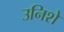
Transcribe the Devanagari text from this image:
उनिशे